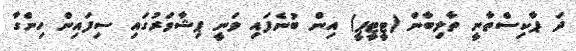
ދަ ޕާކިސްތާނީ ތާލިބާން (ޓީޓީޕީ) އިން ބުނެފައި ވަނީ ޕިޝާވަރުގައި ސިފައިން ހިންގާ